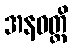
အနဝတ္ထိ